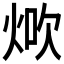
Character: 𤉚